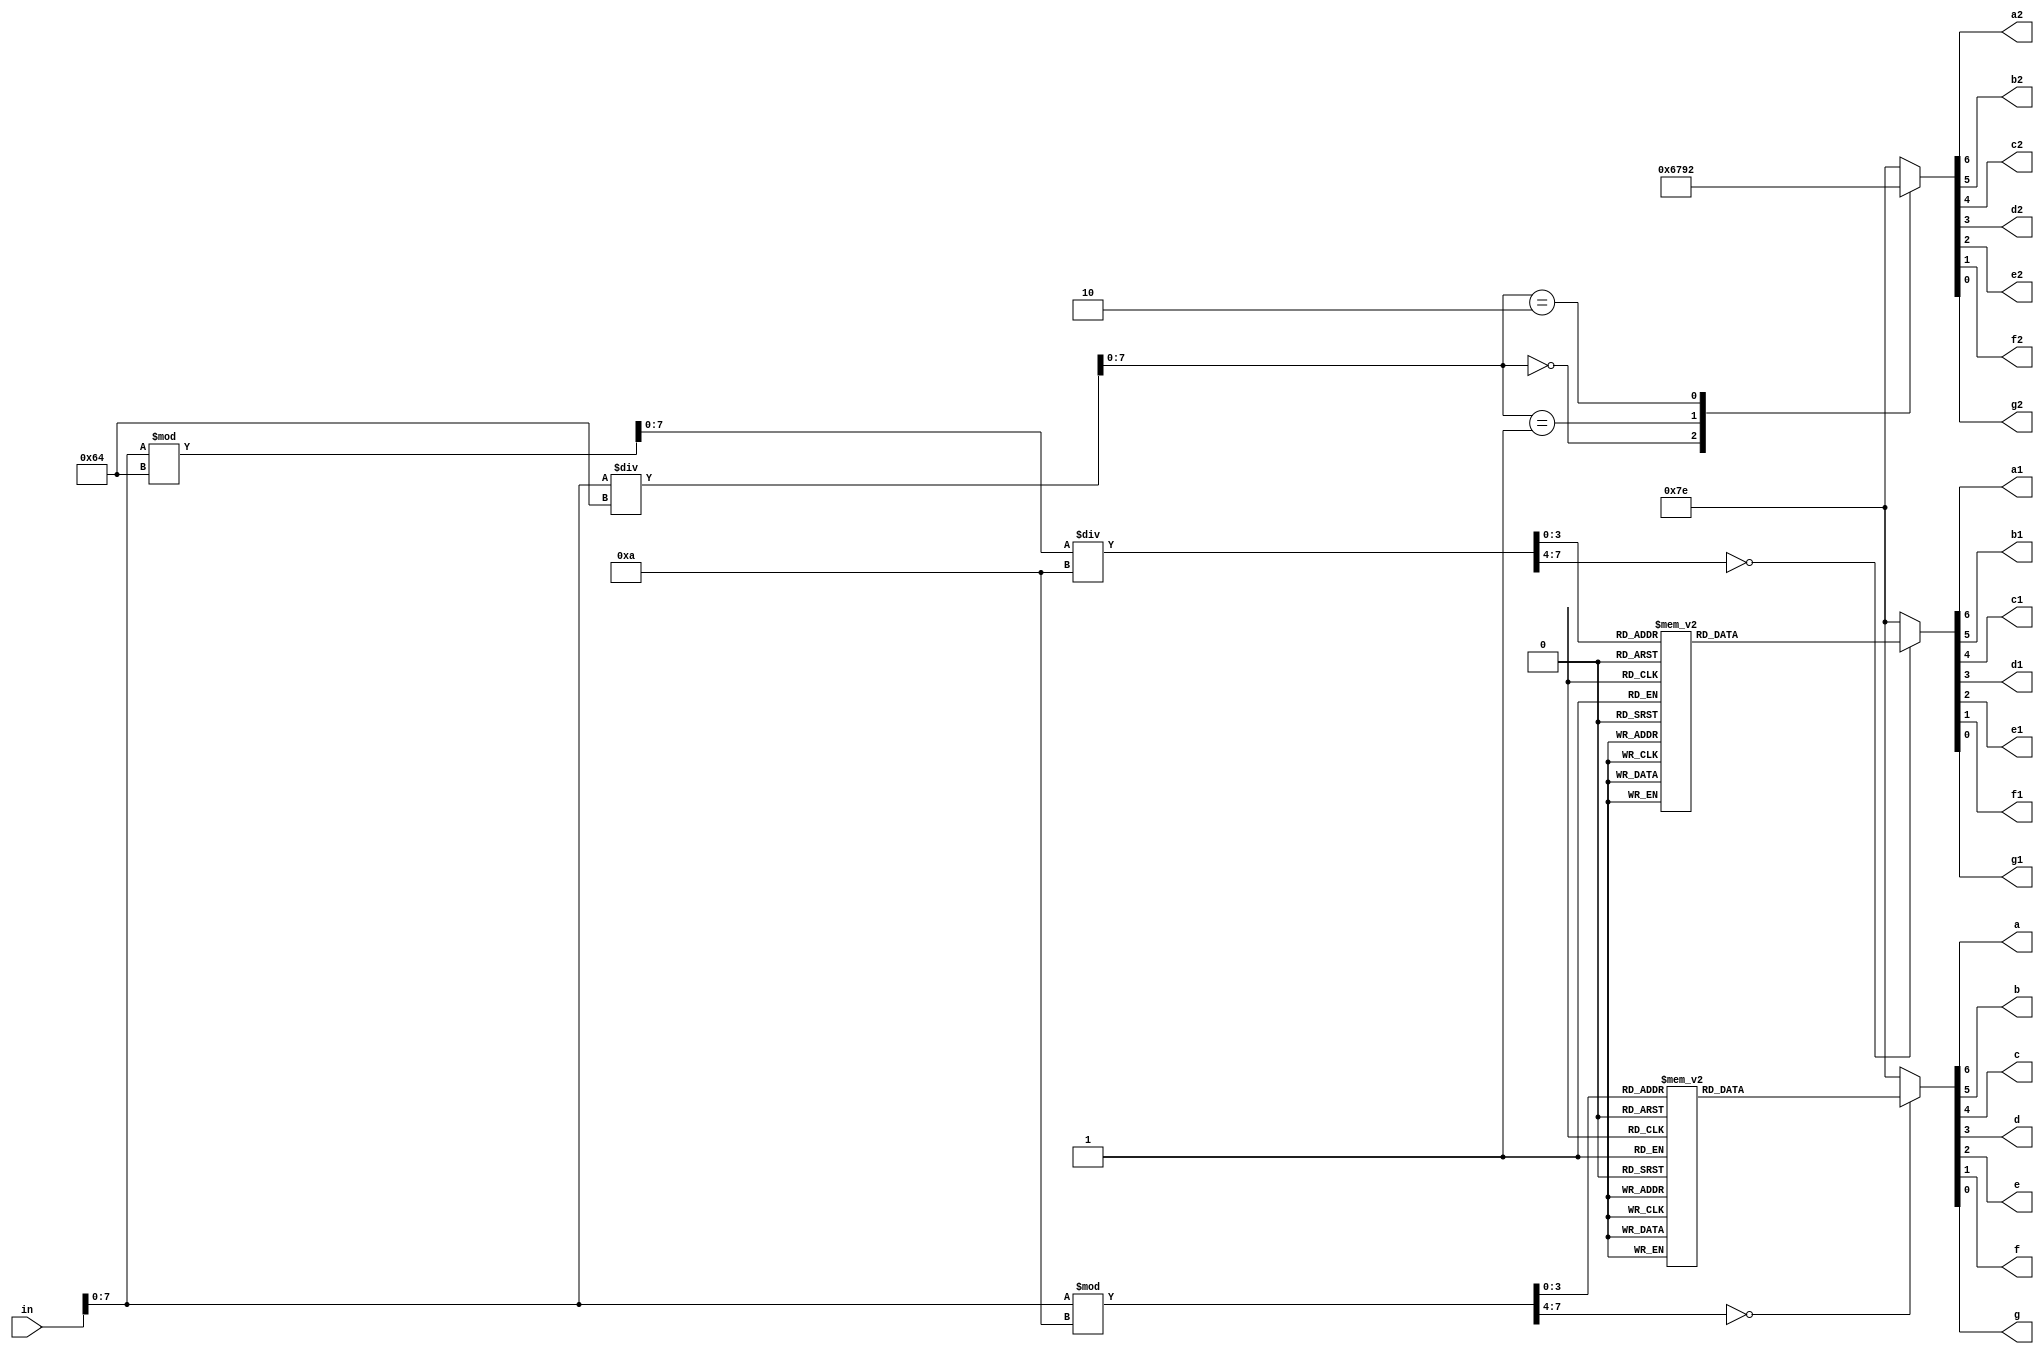
module bcdOut(a,b,c,d,e,f,g, a1, b1, c1, d1, e1, f1, g1, a2, b2, c2, d2, e2, f2, g2, in);
	input [8:0] in;
	output a, b, c, d, e, f, g;
	output a1, b1, c1, d1, e1, f1, g1;
	output a2, b2, c2, d2, e2, f2, g2;
	reg sinal;
	reg [7:0]uni;
	reg [7:0]dez;
	reg [7:0]dezz;
	reg [7:0]cen;
	reg [6:0] su, sd, sc;
	reg [7:0] aux;

	always begin
			sinal <= in[8];
			aux <= in[7:0];
			uni <= aux%10;
			dezz <= aux%100;
			dez <= dezz/10;
			cen <= aux/100;
			
			case(uni)
				0: 
					su = 7'b0000001;
	          	1: 
					su = 7'b1001111;
	            2: 
					su = 7'b0010010;
	            3: 
					su = 7'b0000110;
	            4: 
					su = 7'b1001100;
	            5: 
					su = 7'b0100100;
	            6: 
					su = 7'b0100000;
	            7: 
					su = 7'b0001111;
	            8: 
					su = 7'b0000000;
	            9: 
					su = 7'b0000100;
				default:
					su = 7'b11111110;
        endcase

        		case(dez)
				0: 
					sd = 7'b0000001;
	            1: 
					sd = 7'b1001111;
	            2: 
					sd = 7'b0010010;
	            3: 
					sd = 7'b0000110;
	            4: 
					sd = 7'b1001100;
	            5: 
					sd = 7'b0100100;
	            6: 
					sd = 7'b0100000;
	            7: 
					sd = 7'b0001111;
	            8: 
					sd = 7'b0000000;
	            9: 
					sd = 7'b0000100;
				default:
					sd = 7'b11111110;
        endcase

        case(cen)
				0: 
					sc = 7'b0000001;
	            1: 
					sc = 7'b1001111;
				2: 
					sc = 7'b0010010;
				default:
					sc = 7'b11111110;
        endcase


	end

	assign {a, b, c, d, e, f, g} = su;
	assign {a1, b1, c1, d1, e1, f1, g1} = sd;
	assign {a2, b2, c2, d2, e2, f2, g2} = sc;

endmodule